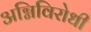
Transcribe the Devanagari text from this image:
अग्निविरोधी